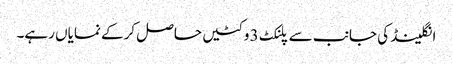
انگلینڈ کی جانب سے پلنکٹ 3 وکٹیں حاصل کرکے نمایاں رہے۔